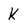
Character: k